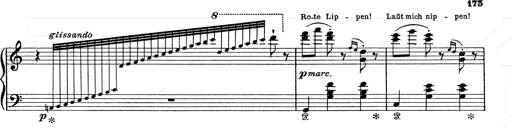
Title: 6 Polish Songs
Composer: Franz Liszt